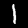
Digit: 1